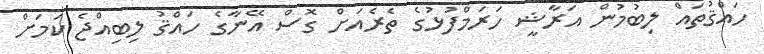
ހައްޤުތައް ލިބުމުން އަރާޝީ ހަރަމްފުޅުގެ ތެރެއަށް ގޮސް އޭނާގެ ހައްޤު ލިބިއްޖެ ކަމަށް